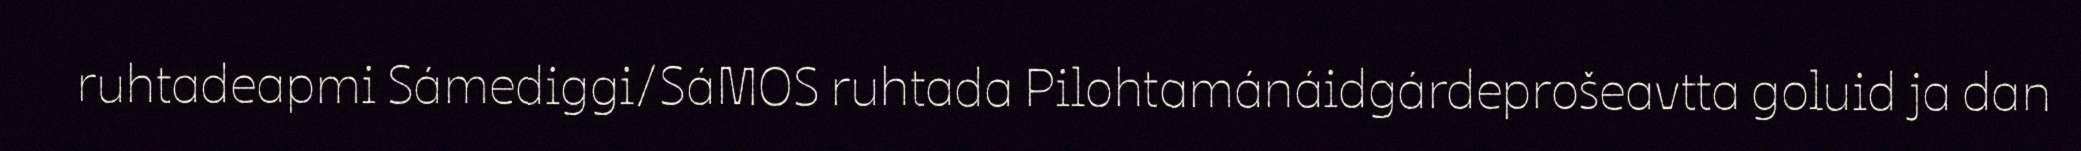
ruhtadeapmi Sámediggi/SáMOS ruhtada Pilohtamánáidgárdeprošeavtta goluid ja dan